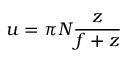
u = \pi N \frac { z } { f + z }